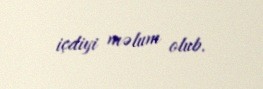
içdiyi məlum olub.